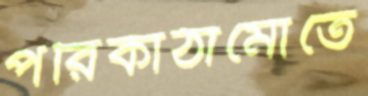
পরিকাঠামোতে